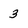
Character: 3